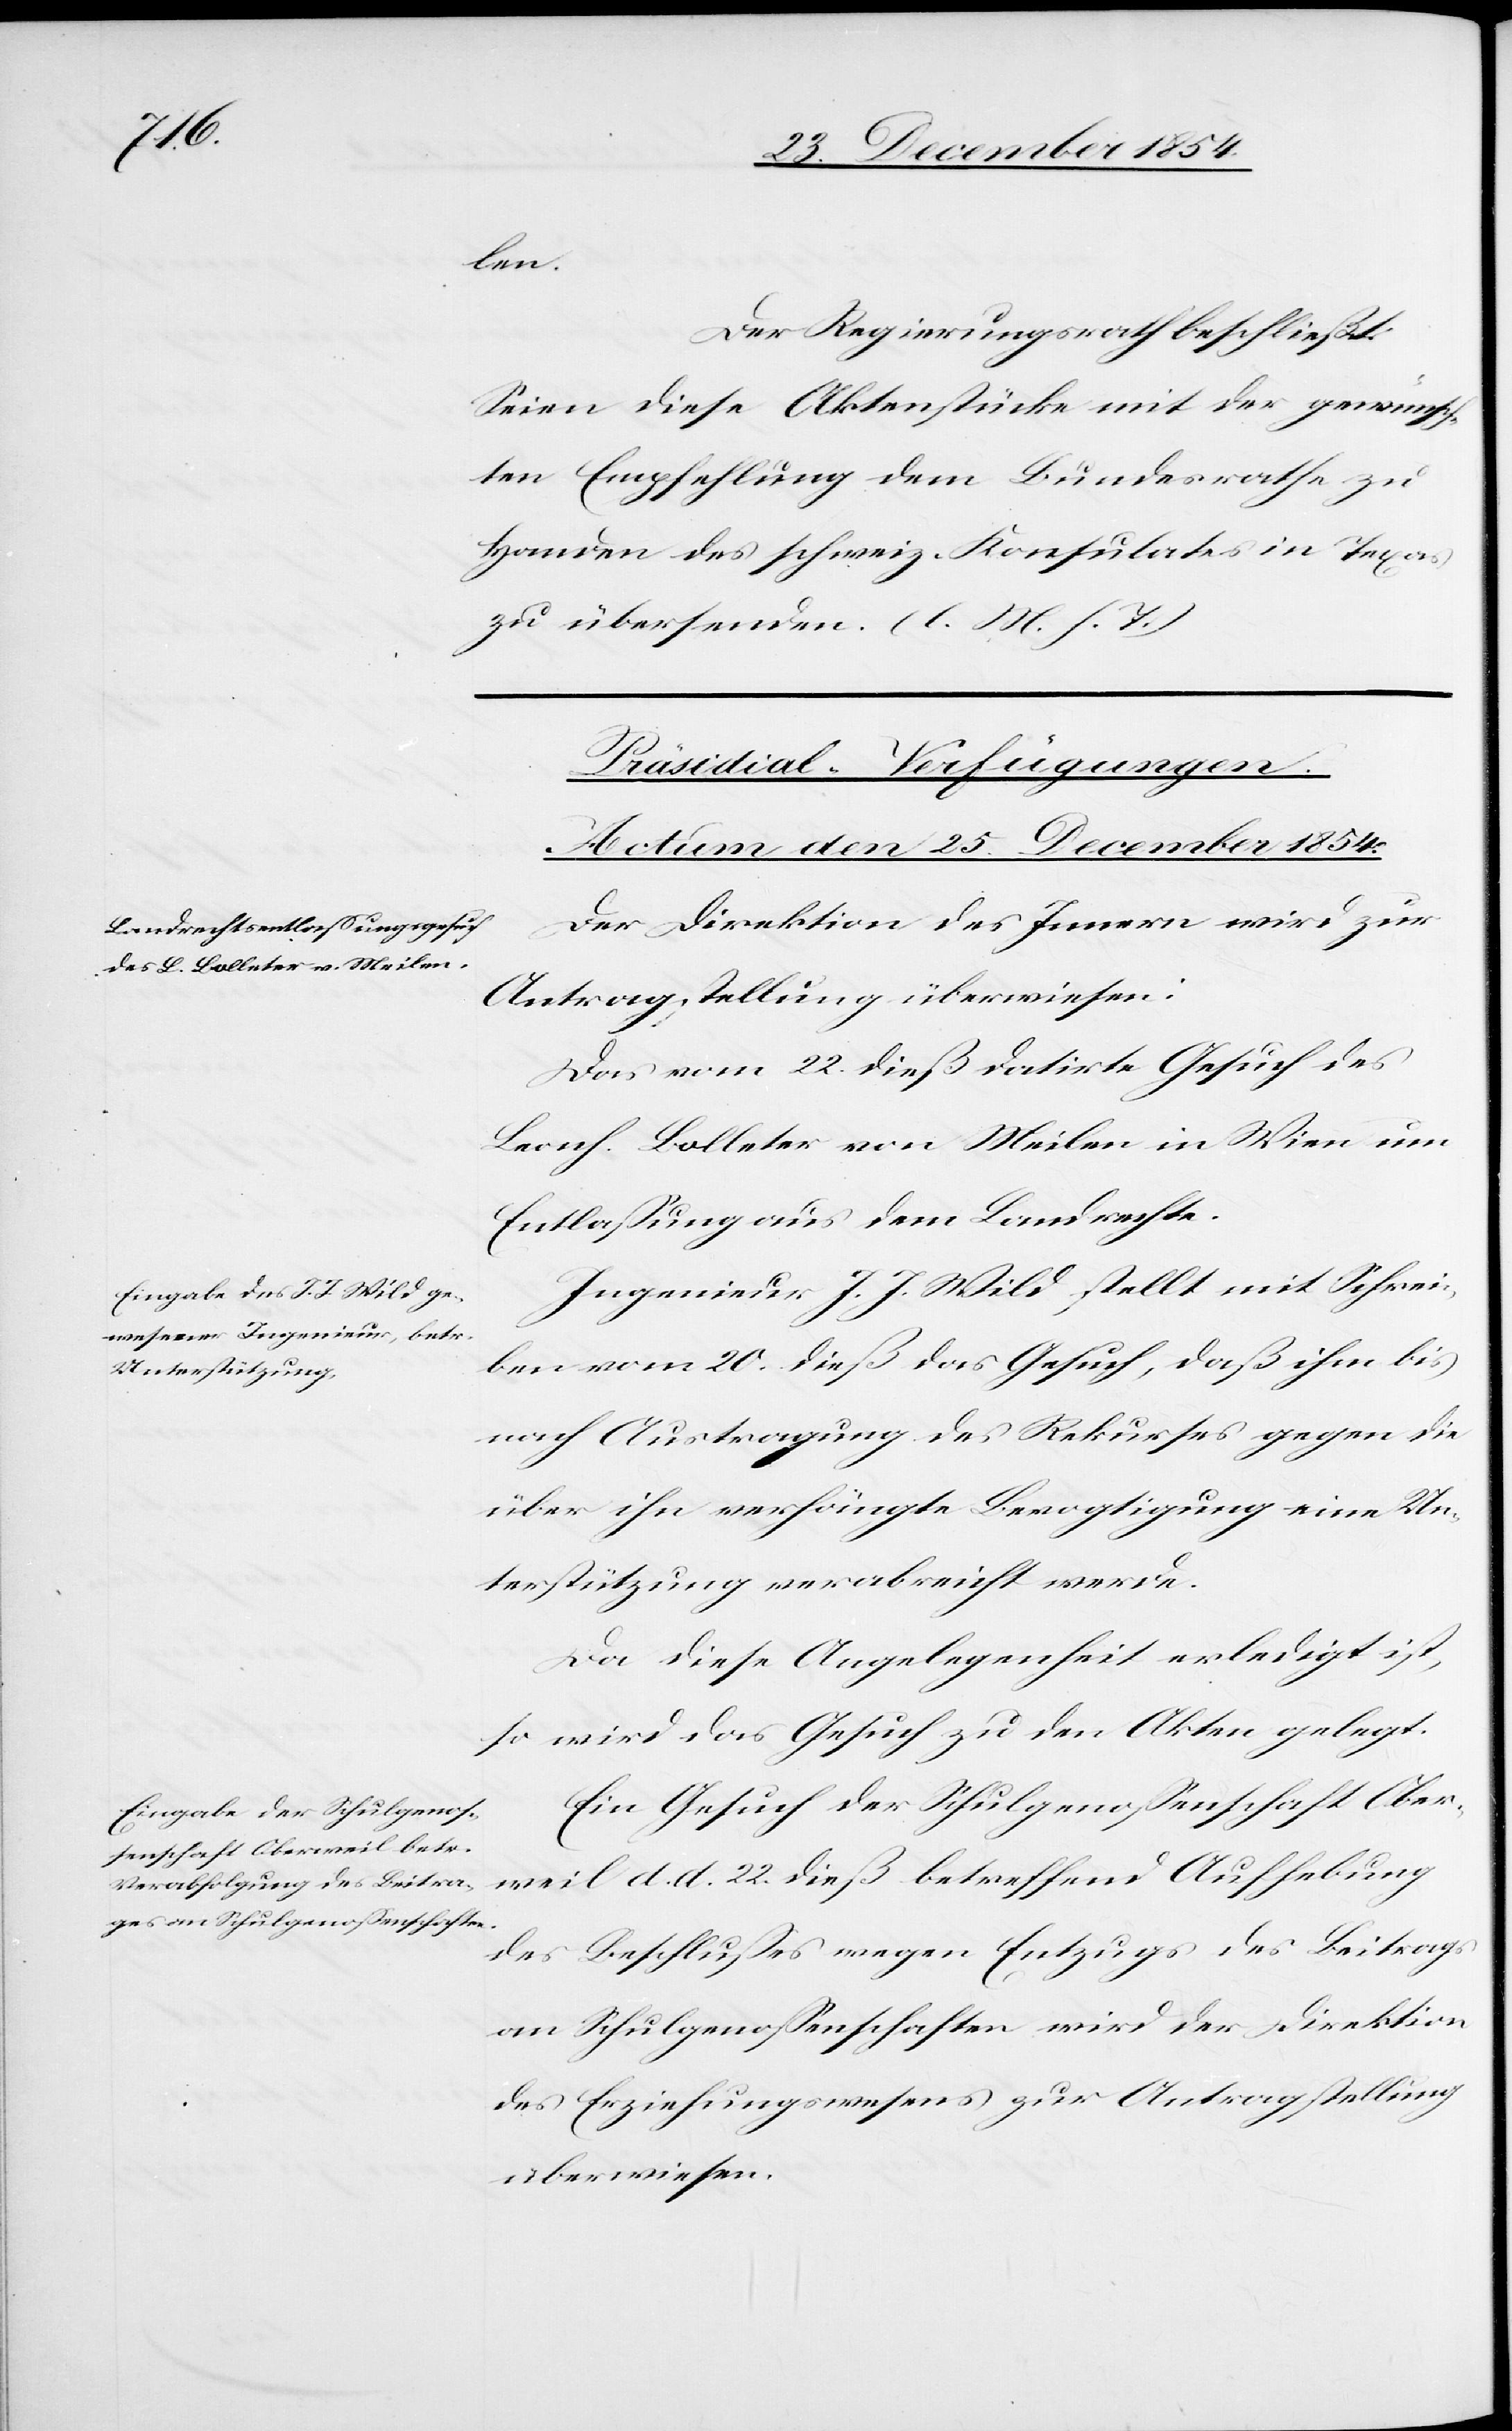
len.
Der Regierungsrath beschließt:
Seien diese Aktenstücke mit der gewünsch¬
ten Empfehlung dem Bundesrathe zu
Handen des schweiz. Konsulates in Texas
zu übersenden. (l. M. h. T.)
[Präsidial-Verfügungen.
Actum den 25. December 1854.]
Der Direktion des Innern wird zur
Antragstellung überwiesen:
Das vom 22. dieß datirte Gesuch des
Leonh. Bolleter von Meilen in Wien um
Entlaßung aus dem Landrechte.
Ingenieur J. J. Wild stellt mit Schrei¬
ben vom 20. dieß das Gesuch, daß ihm bis
nach Austragung des Rekurses gegen die
über ihn verhängte Bevogtigung eine Un¬
terstützung verabreicht werde.
Da diese Angelegenheit erledigt ist,
so wird das Gesuch zu den Akten gelegt.
Ein Gesuch der Schulgenoßenschaft Ober¬
weil d. d. 22. dieß betreffend Aufhebung
des Beschlußes wegen Entzuges des Beitrags
an Schulgenoßenschaften wird der Direktion
des Erziehungswesens zur Antragstellung
überwiesen.